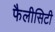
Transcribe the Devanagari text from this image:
फैलीसिटी